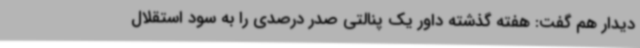
دیدار هم گفت: هفته گذشته داور یک پنالتی صدر درصدی را به سود استقلال